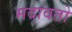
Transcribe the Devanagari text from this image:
मदावतो